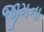
જીમના